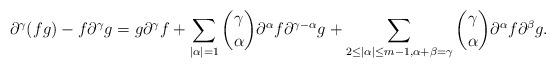
LaTeX: \begin{align*}\partial^{\gamma} (fg) - f \partial^{\gamma} g =g \partial^{\gamma} f +\sum_{|\alpha|=1} \binom{\gamma}{\alpha}\partial^{\alpha} f \partial^{\gamma-\alpha} g + \sum_{2\le |\alpha|\le m-1, \alpha+\beta=\gamma} \binom{\gamma}{\alpha} \partial^{\alpha} f \partial^{\beta} g.\end{align*}